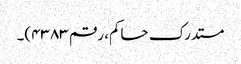
مستدرک حاکم، رقم ۴۳۸۳)۔